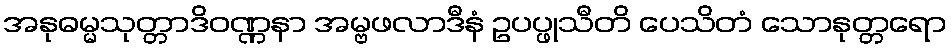
အနုဓမ္မသုတ္တာဒိဝဏ္ဏနာ အမ္ဗဖလာဒီနံ ဥပပ္ဖုသီတိ ပေသိတံ သောနုတ္တရော